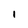
Character: I